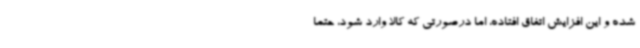
شده و این افزایش اتفاق افتاده، اما درصورتی که کالا وارد شود، حتما